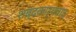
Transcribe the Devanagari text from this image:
शब्दकार्यवाद